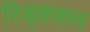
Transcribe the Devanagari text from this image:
रिड्कशन